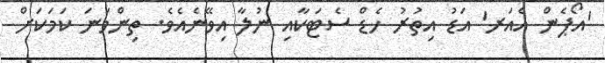
'އޯޕެން އެއަރ' އަޑު އިތުރު ހެޑް ސެޓަަކާއި ނުލާ އިވޭނެއެވެ. ތިންވަނަ ކަމަކަށް